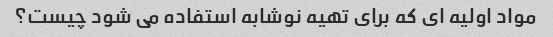
مواد اولیه ای که برای تهیه نوشابه استفاده می شود چیست؟